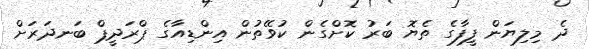
ދެ މިލިޔަން ފީފާގެ ތެޔޮ ބަރު ކޮށްގެން ކުވޭތުން އިންޑިއާގެ ޕްރަދީޕް ބަނދަރަށް